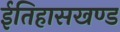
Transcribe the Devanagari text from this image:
ईतिहासखण्ड